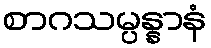
စာဂသမ္ပန္နာနံ